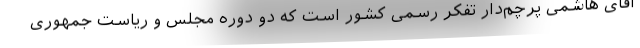
آقای هاشمی پرچم‌دار تفکر رسمی کشور است که دو دوره مجلس و ریاست جمهوری